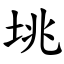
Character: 垗